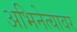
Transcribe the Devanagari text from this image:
अभिनेत्यावर